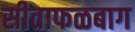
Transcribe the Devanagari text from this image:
सीताफळबाग